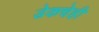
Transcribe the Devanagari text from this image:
डेकचेही